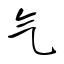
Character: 气